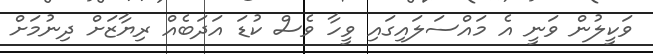
ވަކީލުން ވަނީ އެ މައްސަލައިގައި ވީހާ ވެސް ކުޑަ އަދަބެއް ރިޔާޒަށް ދިނުމަށް